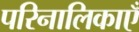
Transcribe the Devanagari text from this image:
परिनालिकाएँ